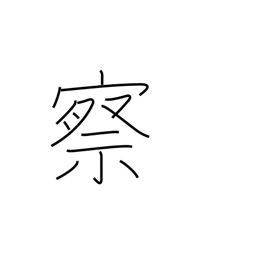
Meaning: judge